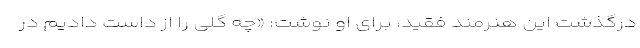
درگذشت این هنرمند فقید، برای او نوشت: «چه گلی را از داست دادیم در